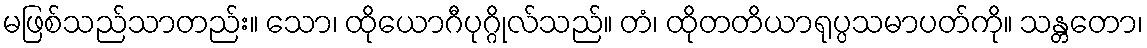
မဖြစ်သည်သာတည်း။ သော၊ ထိုယောဂီပုဂ္ဂိုလ်သည်။ တံ၊ ထိုတတိယာရုပ္ပသမာပတ်ကို။ သန္တတော၊